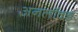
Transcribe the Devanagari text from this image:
अनलॉक्ड